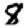
Digit: 8